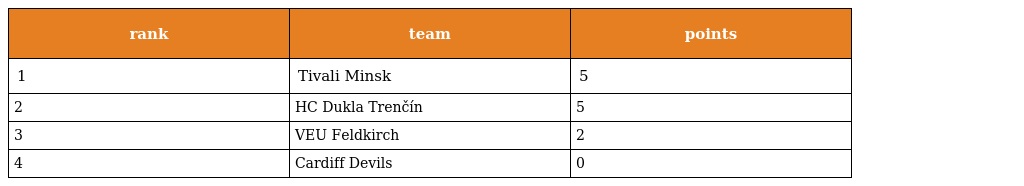
| rank | team | points |
 | --- | --- | --- |
 | 1 | Tivali Minsk | 5 |
 | 2 | HC Dukla Trenčín | 5 |
 | 3 | VEU Feldkirch | 2 |
 | 4 | Cardiff Devils | 0 |